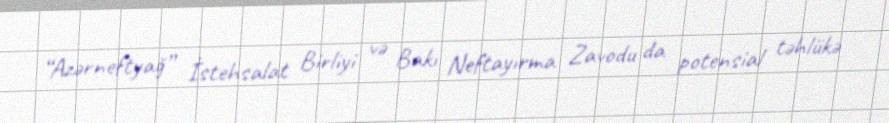
“Azərneftyağ” İstehsalat Birliyi və Bakı Neftayırma Zavodu da potensial təhlükə